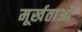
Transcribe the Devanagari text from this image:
मूर्खताओं